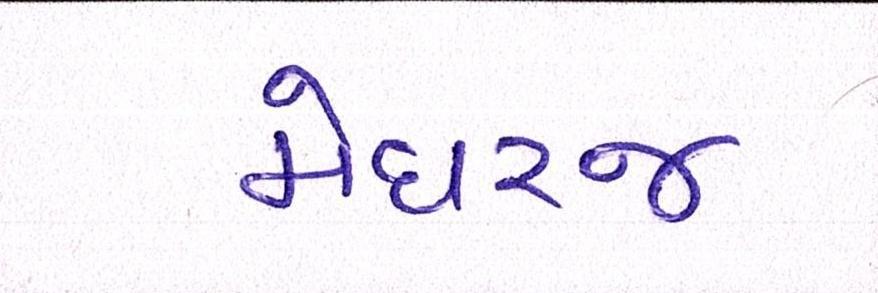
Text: મેઘરજ